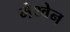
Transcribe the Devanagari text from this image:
मेथ्वेन